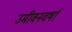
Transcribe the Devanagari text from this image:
उमीवनवर्षा